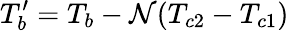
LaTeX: T_{b}^{\prime}=T_{b}-\mathcal{N}(T_{c2}-T_{c1})